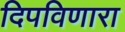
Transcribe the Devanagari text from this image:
दिपविणारा